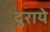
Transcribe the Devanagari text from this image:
दुराये